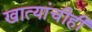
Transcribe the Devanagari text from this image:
खात्यांचीही